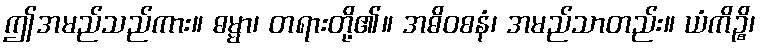
ဤအမည်သည်ကား။ ဓမ္မာ၊ တရားတို့၏။ အဓိဝစနံ၊ အမည်သာတည်း။ ယံကိဉ္စိ၊